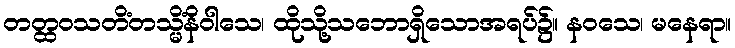
တတ္ထဝသတိံတသ္မိံနိဝါသေ၊ ထိုသို့သဘောရှိသောအရပ်၌။ နဝသေ၊ မနေရာ။